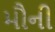
મૌની